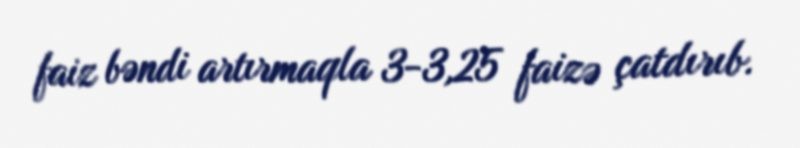
faiz bəndi artırmaqla 3-3,25 faizə çatdırıb.